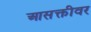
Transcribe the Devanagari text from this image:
आसक्तीवर